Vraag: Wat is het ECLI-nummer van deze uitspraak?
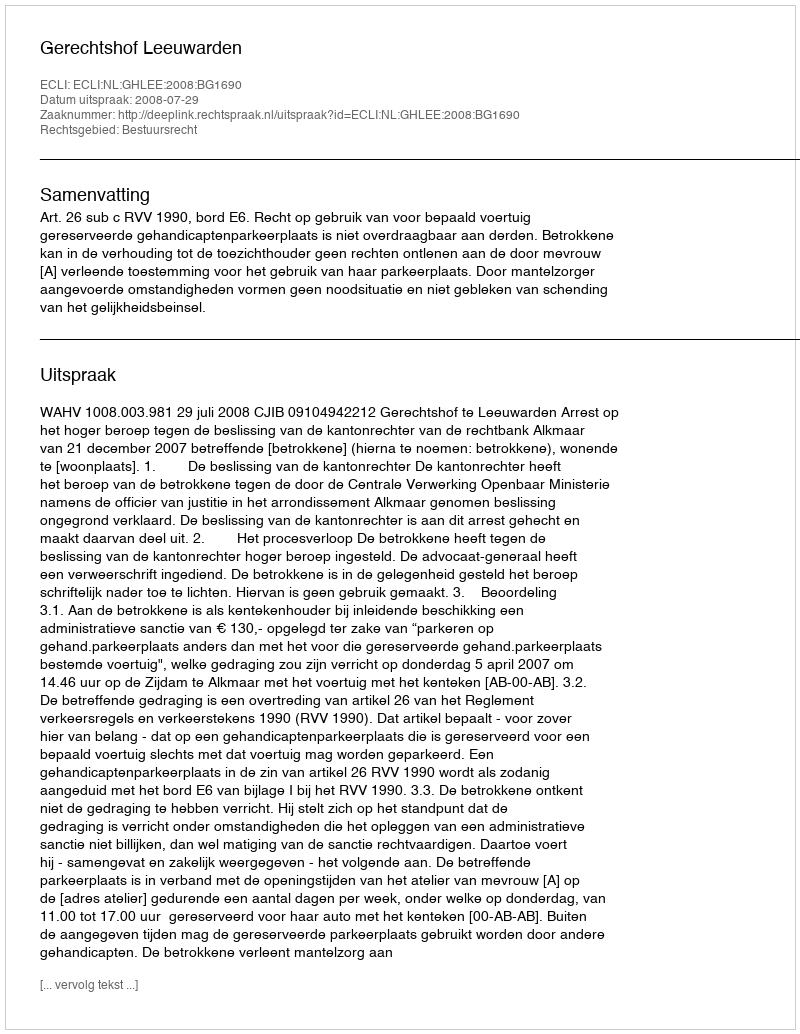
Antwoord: ECLI:NL:GHLEE:2008:BG1690